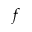
f